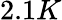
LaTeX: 2.1K